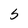
Character: S